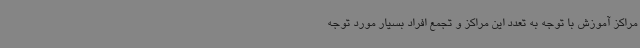
مراکز آموزش با توجه به تعدد این مراکز و تجمع افراد بسیار مورد توجه